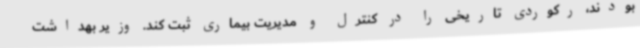
بودند، رکوردی تاریخی را در کنترل و مدیریت بیماری ثبت کند. وزیر بهداشت